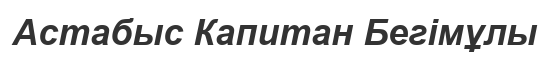
Астабыс Капитан Бегімұлы